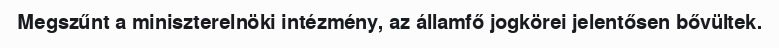
Megszűnt a miniszterelnöki intézmény, az államfő jogkörei jelentősen bővültek.